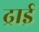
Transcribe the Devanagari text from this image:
ढ्राई